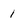
Character: I